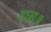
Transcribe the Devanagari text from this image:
दास॥